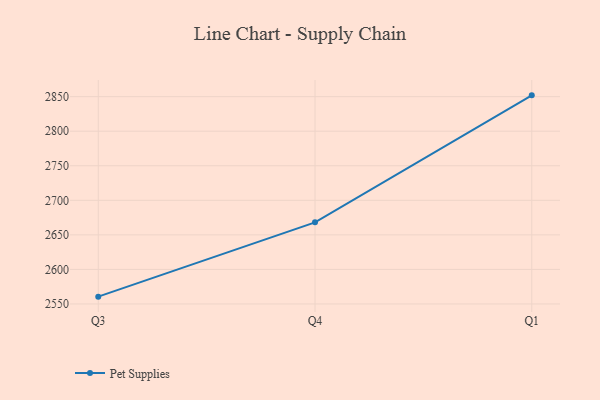
{"axis": {"x": "Quarter", "y": "Bounce Rate (%)"}, "legend": ["Pet Supplies"], "data": [{"x": "Q3", "y": 2560.6, "type": "Pet Supplies"}, {"x": "Q4", "y": 2668.1, "type": "Pet Supplies"}, {"x": "Q1", "y": 2851.9, "type": "Pet Supplies"}]}